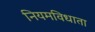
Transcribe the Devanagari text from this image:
नियमविधाता